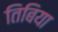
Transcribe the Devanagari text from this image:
तिबिया